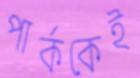
পার্ককেই